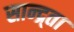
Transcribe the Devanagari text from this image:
सान्द्र्ता